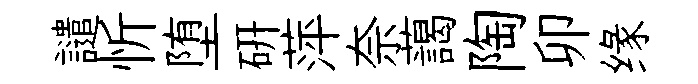
譴忻堕研萍奈藹陶卯缘